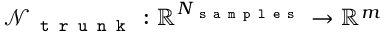
\mathcal { N } _ { \texttt { t r u n k } } : \mathbb { R } ^ { N _ { \texttt { s a m p l e s } } } \rightarrow \mathbb { R } ^ { m }